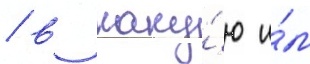
/ в каку́ю и́м